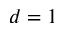
d = 1